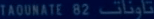
TAOUNATE 82